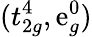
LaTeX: (t_{2g}^{4},\mathrm{e}_{g}^{0})